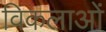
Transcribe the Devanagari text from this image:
विकलाओं